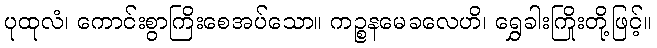
ပုထုလံ၊ ကောင်းစွာကြိးစေအပ်သော။ ကဉ္စနမေခလေဟိ၊ ရွှေခါးကြိုးတို့ဖြင့်။